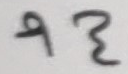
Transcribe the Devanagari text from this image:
९३